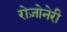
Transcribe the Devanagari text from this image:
रोज़ोनेरी